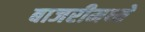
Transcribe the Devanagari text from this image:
बाजरीमध्ये